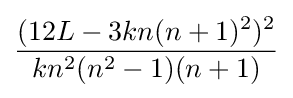
{(12L-3kn(n+1)^{2})^{2} \over kn^{2}(n^{2}-1)(n+1)}